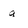
Character: q